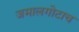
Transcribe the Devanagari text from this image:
जमालगोटाच